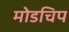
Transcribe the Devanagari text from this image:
मोडचिप